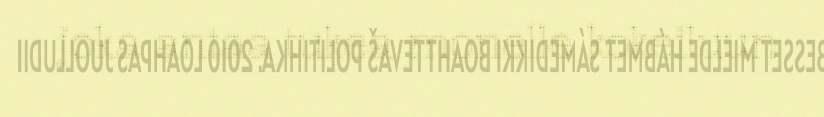
joka antaa tukea monelle kokeiluun